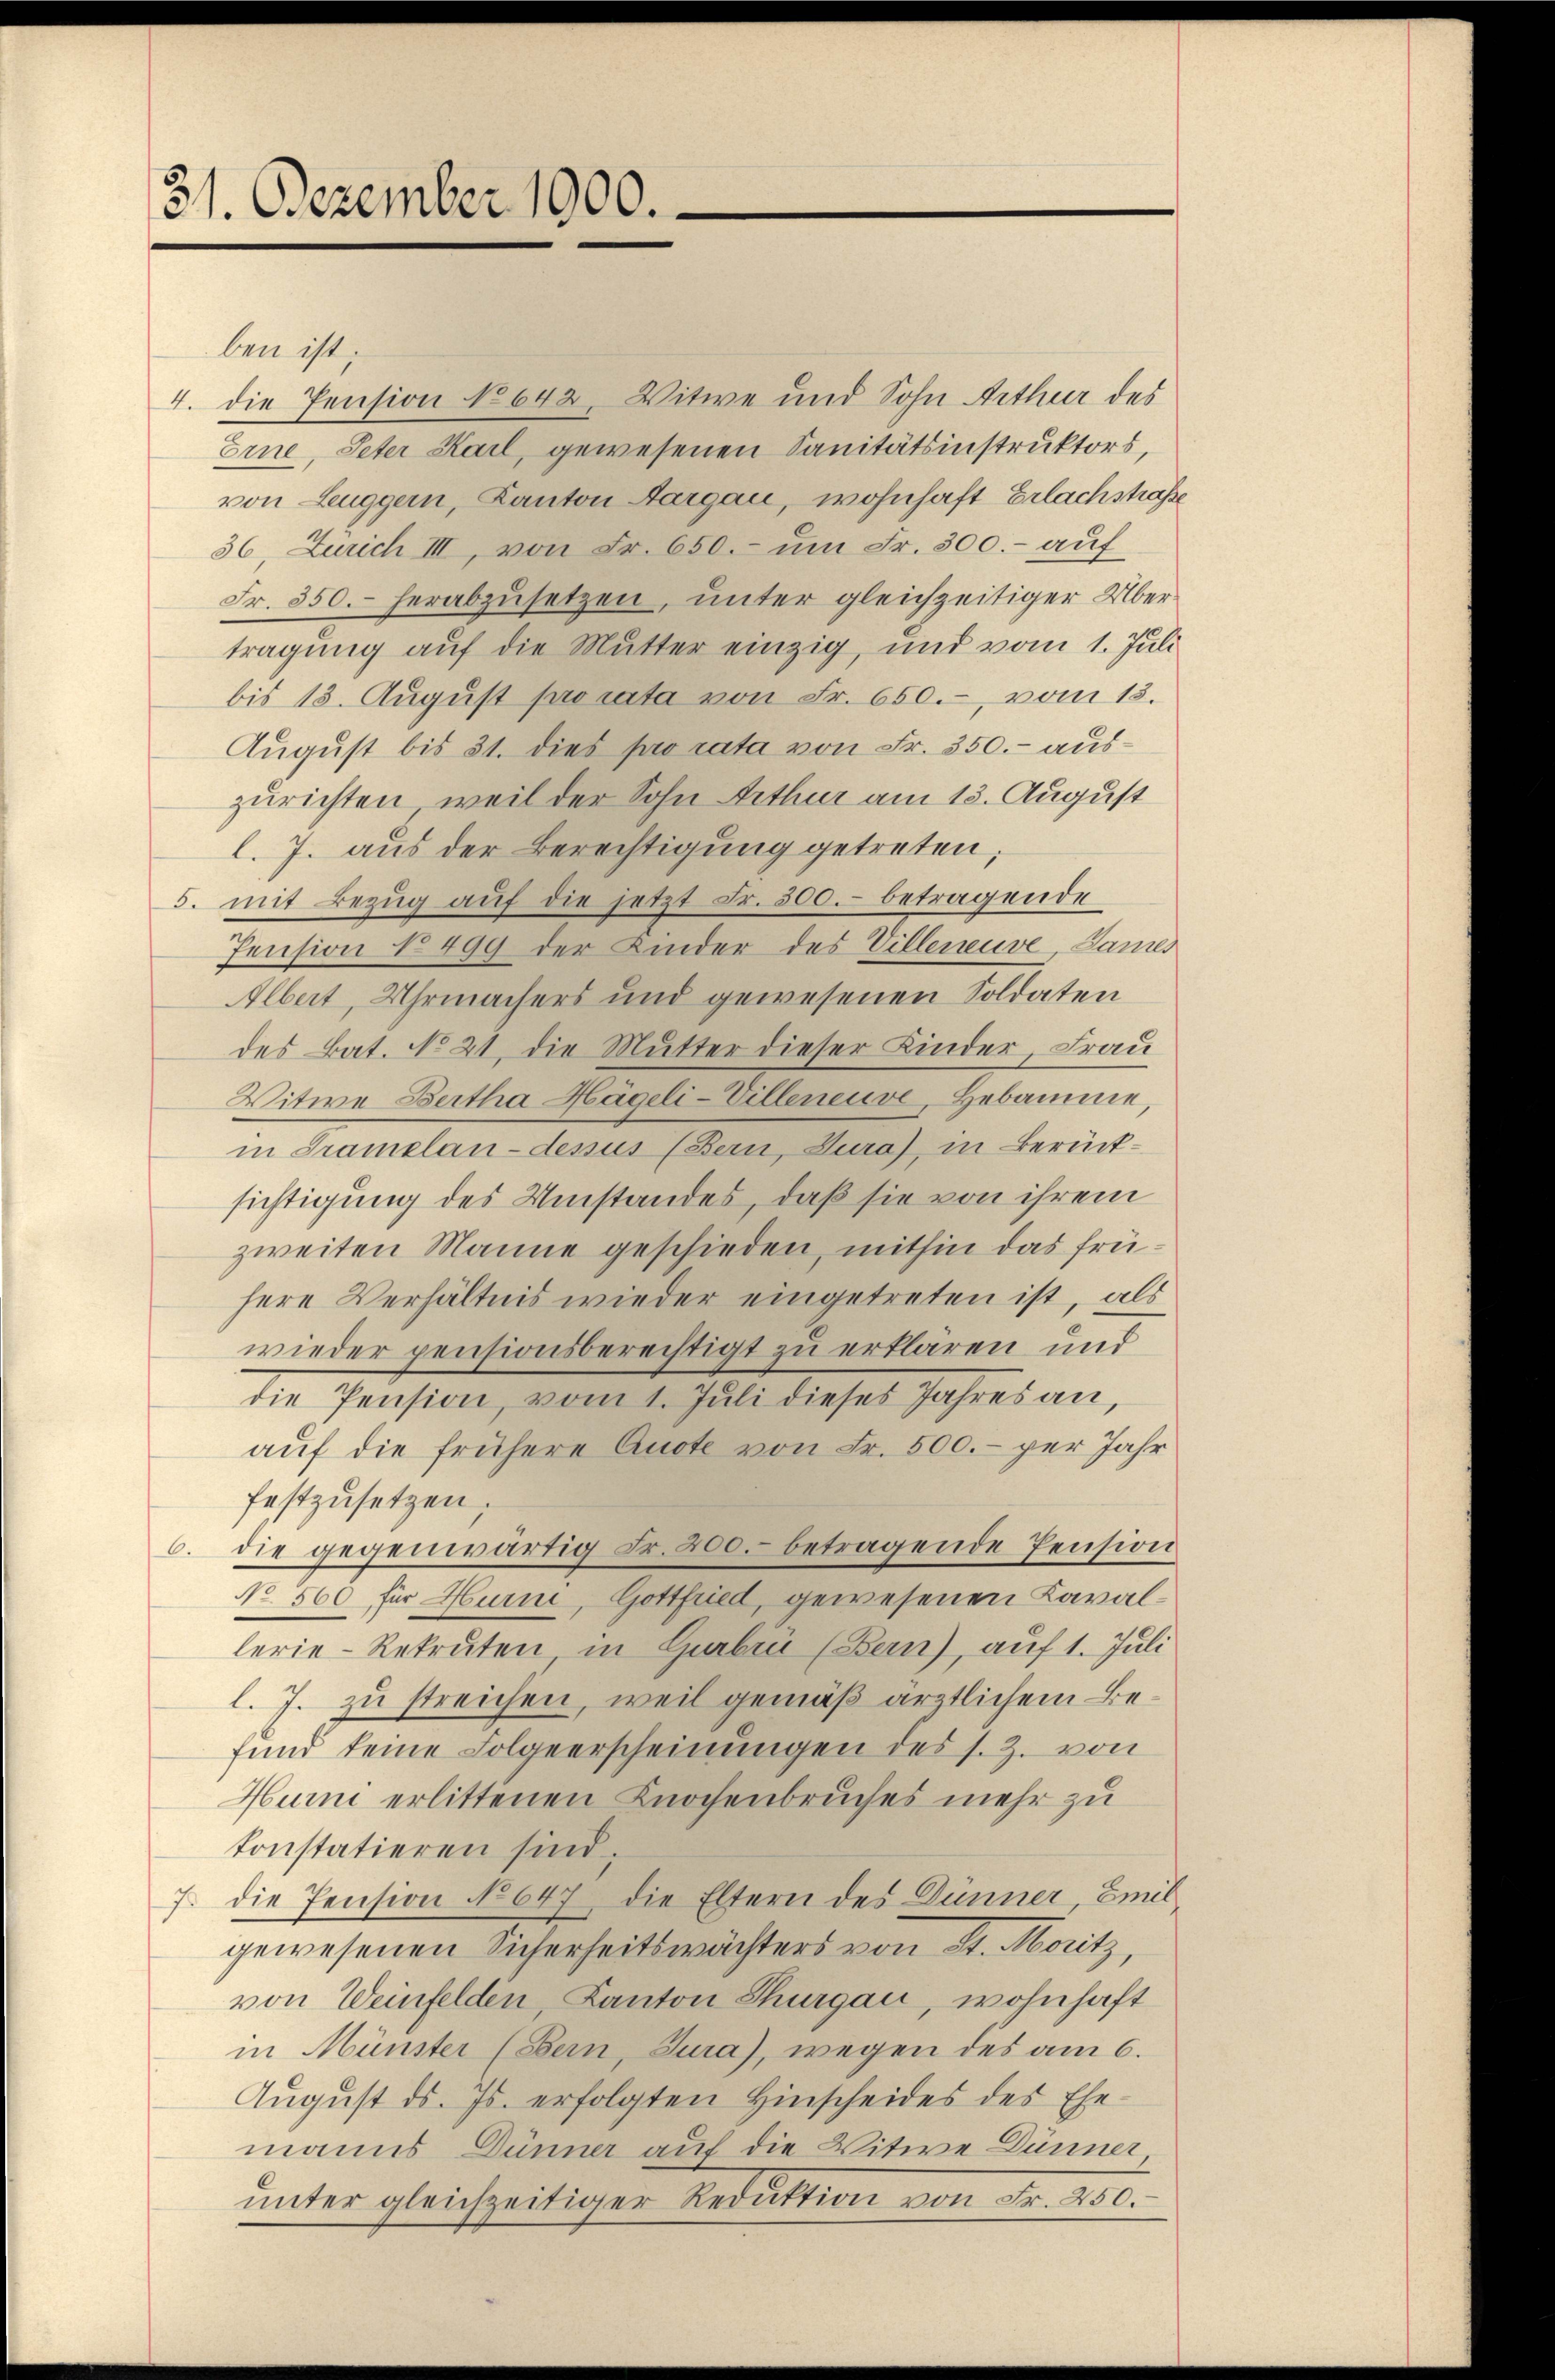
31. Dezember 1000.

ben ist;
4. die Pension No 642, Witwe und Sohn Arthur des
Erne, Peter Karl, gewesenen Sanitätsinstruktors,
von Leuggern, Kanton Aargau, wohnhaft Erlachstraße
56, Zürich III, von Fr. 650.- um Fr. 300.- auf
Fr. 550. herabzusetzen, unter gleichzeitiger Übertragung auf die Mutter einzig, und vom 1. Juli
bis 13. August pro rata von Fr. 650.-, vom 13.
August bis 31. dies pro rata von Fr. 350.- auszurichten, weil der Sohn Arthur am 13. August
l. J. aus der Berechtigung getreten;
5. mit Bezug auf die jetzt Fr. 500.- betragende
Pension No 499 der Kinder des Villeneuve, James
Albert, Uhrmachers und gewesenen Soldaten
des Bat. No 21, die Mutter dieser Kinder Frau
Witwe Bertha Hägeli-Villeneuve, Hebamme,
in Tramelan-desus (Bern, Jura), in Berücksichtigung des Umstandes, daß sie von ihrem
zweiten Manne geschieden, mithin das frühere Verhältnis wieder eingetreten ist, als
wieder pensionsberechtigt zu erklären und
die Pension, vom 1. Juli dieses Jahres an,
auf die frühere Quote von Fr. 500.- per Jahr
festzusetzen.
6. die gegenwärtig Fr. 200. betragende Pension
No 560 für Hurni, Gottfried, gewesenen Kavallerie-Rekruten in Gurbrü (Bern), auf 1. Juli
l. J. zu streichen, weil gemäß ärztlichem Befund keine Folgeerscheinungen des s. Z. von
Hurni erlittenen Knochenbruches mehr zu
konstatieren sind,
7. die Pension No 647, die Eltern des Dünner, Emilgewesenen Sicherheitswächters von St. Moritz,
von Weinfelden, Kanton Thurgau, wohnhaft
in Münster (Bern, Jura), wegen des am 6.
August ds. Js. erfolgten Hinscheides des Ehe-
manns Dünner auf die Witwe Dünner
unter gleichzeitiger Reduktion von Fr. 250.